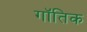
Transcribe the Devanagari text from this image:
गॉतिक